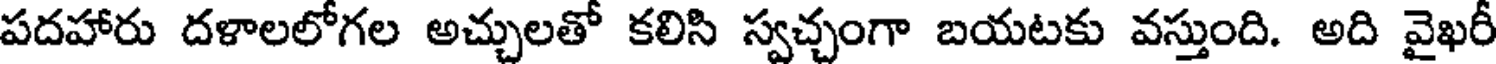
పదహారు దళాలలోగల అచ్చులతో కలిసి స్వచ్చంగా బయటకు వస్తుంది. అది వైఖరీ